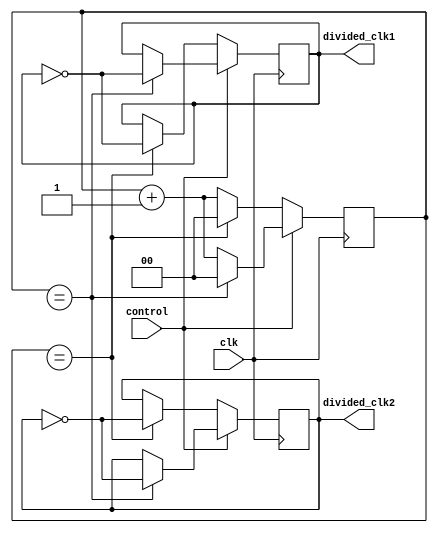
module dual_modulus_clock_divider (
    input wire clk,
    input wire control,
    output reg divided_clk1,
    output reg divided_clk2
);

reg [1:0] counter;
reg [3:0] modulus1;
reg [2:0] modulus2;

always @ (posedge clk) begin
    if(control) begin
        if(counter == modulus1) begin
            counter <= 0;
            divided_clk1 <= ~divided_clk1;
        end else begin
            counter <= counter + 1;
        end
    end else begin
        if(counter == modulus2) begin
            counter <= 0;
            divided_clk1 <= ~divided_clk1;
        end else begin
            counter <= counter + 1;
        end
    end
end

always @ (posedge clk) begin
    if(control) begin
        if(counter == modulus1) begin
            divided_clk2 <= ~divided_clk2;
        end
    end else begin
        if(counter == modulus2) begin
            divided_clk2 <= ~divided_clk2;
        end
    end
end

endmodule